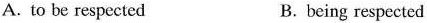
A. to be respected B. being respected